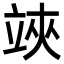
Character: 𥪂